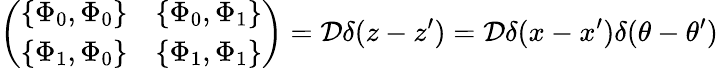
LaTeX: \left(\begin{array}{cc}{{\{ \Phi_{0},\Phi_{0}\} }}&{{\{ \Phi_{0},\Phi_{1}\} }}\\ {{\{ \Phi_{1},\Phi_{0}\} }}&{{\{ \Phi_{1},\Phi_{1}\} }}\end{array}\right)={\cal D}\delta(z-z^{\prime})={\cal D}\delta(x-x^{\prime})\delta(\theta-\theta^{\prime})